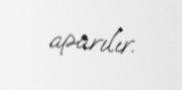
aparılır.